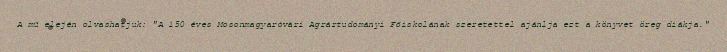
A mű elején olvashatjuk: "A 150 éves Mosonmagyaróvári Agrártudományi Főiskolának szeretettel ajánlja ezt a könyvet öreg diákja."